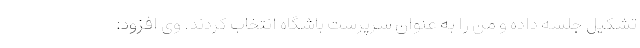
تشکیل جلسه داده و من را به عنوان سرپرست باشگاه انتخاب کردند. وی افزود: